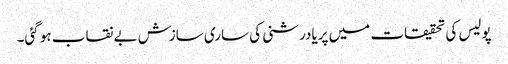
پولیس کی تحقیقات میں پریادرشنی کی ساری سازش بے نقاب ہو گئی۔